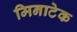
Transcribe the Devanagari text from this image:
मिनाटेक